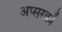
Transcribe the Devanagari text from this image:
अप्सरकों